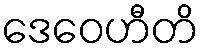
ဒေဝေဟီတိ